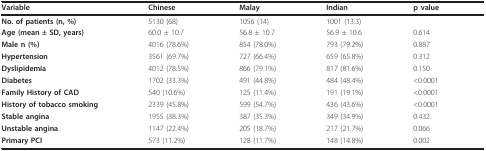
<table><thead><tr><td><b>Variable</b></td><td><b>Chinese</b></td><td><b>Malay</b></td><td><b>Indian</b></td><td><b>p value</b></td></tr></thead><tbody><tr><td><b>No. of patients (n, %)</b></td><td>5130 (68)</td><td>1056 (14)</td><td>1001 (13.3)</td><td></td></tr><tr><td><b>Age (mean ± SD, years)</b></td><td>60.0 ± 10.7</td><td>56.8 ± 10.7</td><td>56.9 ± 10.6</td><td>0.614</td></tr><tr><td><b>Male n (%)</b></td><td>4016 (78.6%)</td><td>854 (78.0%)</td><td>793 (79.2%)</td><td>0.887</td></tr><tr><td><b>Hypertension</b></td><td>3561 (69.7%)</td><td>727 (66.4%)</td><td>659 (65.8%)</td><td>0.312</td></tr><tr><td><b>Dyslipidemia</b></td><td>4012 (78.5%)</td><td>866 (79.1%)</td><td>817 (81.6%)</td><td>0.150</td></tr><tr><td><b>Diabetes</b></td><td>1702 (33.3%)</td><td>491 (44.8%)</td><td>484 (48.4%)</td><td>&lt;0.0001</td></tr><tr><td><b>Family History of CAD</b></td><td>540 (10.6%)</td><td>125 (11.4%)</td><td>191 (19.1%)</td><td>&lt;0.0001</td></tr><tr><td><b>History of tobacco smoking</b></td><td>2339 (45.8%)</td><td>599 (54.7%)</td><td>436 (43.6%)</td><td>&lt;0.0001</td></tr><tr><td><b>Stable angina</b></td><td>1955 (38.3%)</td><td>387 (35.3%)</td><td>349 (34.9%)</td><td>0.432</td></tr><tr><td><b>Unstable angina</b></td><td>1147 (22.4%)</td><td>205 (18.7%)</td><td>217 (21.7%)</td><td>0.066</td></tr><tr><td><b>Primary PCI</b></td><td>573 (11.2%)</td><td>128 (11.7%)</td><td>148 (14.8%)</td><td>0.002</td></tr></tbody></table>